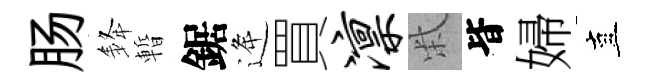
肠𨦟暫鋸逄買凛柴𣅜婦直